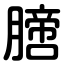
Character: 膪